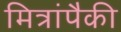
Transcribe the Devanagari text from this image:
मित्रांपैकी